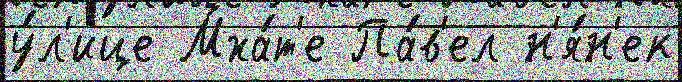
у́л'ице Мха́т'е Па́в'ел н'я́н'ек